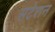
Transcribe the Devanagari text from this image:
सटेशन